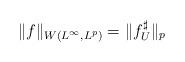
LaTeX: \begin{align*}\Vert f\Vert_{W(L^{\infty},L^{p})}=\Vert f_{U}^{\sharp}\Vert_{p}\end{align*}